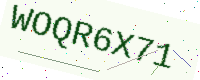
Text: WOQR6X71